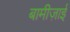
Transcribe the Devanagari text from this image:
बामीज़ाई